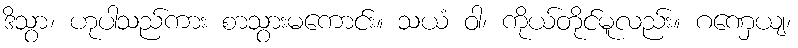
ဒိသွာ၊ ဟုပါသည်ကား စာသွားမကောင်း။ သယံ ဝါ၊ ကိုယ်တိုင်မူလည်း။ ဂဏှေယျ၊